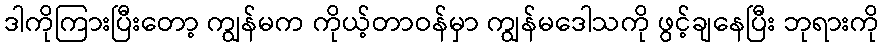
ဒါကိုကြားပြီးတော့ ကျွန်မက ကိုယ့်တာဝန်မှာ ကျွန်မဒေါသကို ဖွင့်ချနေပြီး ဘုရားကို